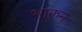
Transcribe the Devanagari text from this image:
भारुन